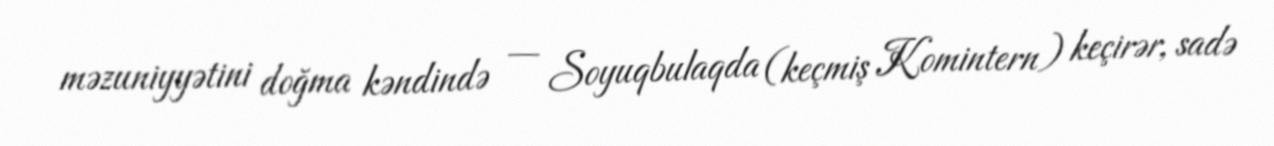
məzuniyyətini doğma kəndində — Soyuqbulaqda (keçmiş Komintern) keçirər, sadə